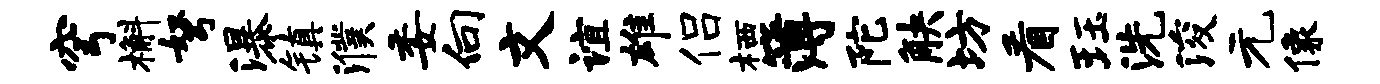
穹槲弩瀑镇濮委向文谊雄侣栖簿陀觖坊看珏洗浚元像